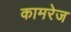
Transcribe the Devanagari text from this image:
कामरेज